Indian journal of veterinary science and animal husbandry - Volumes 15-17, 1948-1951
Year: 1948
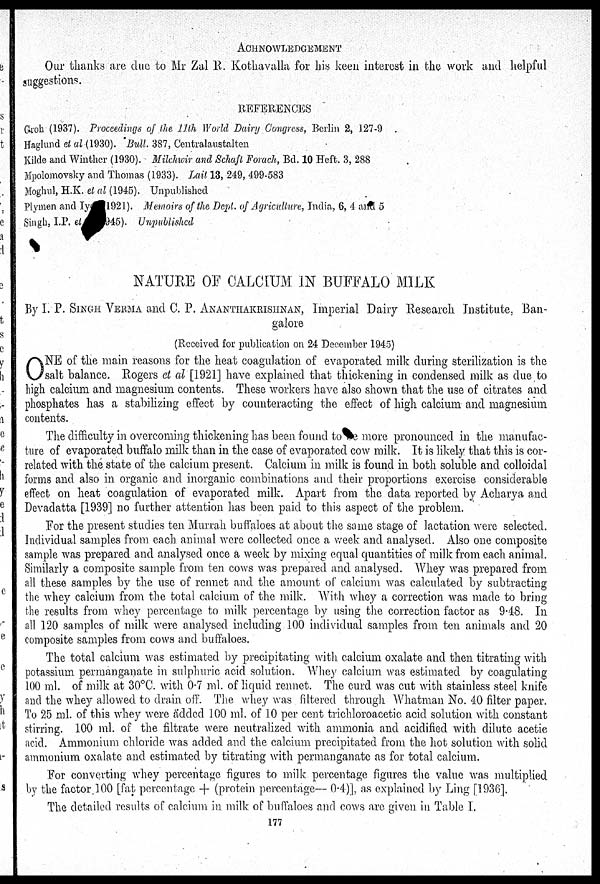
ACHNOWLEDGEMENT
Our thanks are due to Mr Zal R. Kothavalla for his keen interest in the work and helpful
suggestions.
REFERENCES
Groh (1937). Proceedings of the 11th World Dairy Congress, Berlin 2, 127-9
Haglund et al (1930). Bull. 387, Centralaustalten
Kilde and Winther (1930). Milchwir and Schaft Forach, Bd. 10 Heft. 3, 288
Mpolomovsky and Thomas (1933). Lait 13, 249, 499-583
Moghul, H.K. et al (1945). Unpublished
Plymen and Iy 1921). Memoirs of the Dept. of Agriculture, India, 6, 4 and 5
Singh, I.P. et
945). Unpublished
NATURE OF CALCIUM IN BUFFALO MILK
By I. P. SINGH VERMA and C. P. ANANTHAKRISHNAN, Imperial Dairy Research Institute, Ban-
galore
(Received for publication on 24 December 1945)
O NE of the main reasons for the heat coagulation of evaporated milk during sterilization is the
salt balance. Rogers et al [1921] have explained that thickening in condensed milk as due to
high calcium and magnesium contents. These workers have also shown that the use of citrates and
phosphates has a stabilizing effect by counteracting the effect of high calcium and magnesium
contents.
The difficulty in overcoming thickening has been found to e more pronounced in the manufac-
ture of evaporated buffalo milk than in the case of evaporated cow milk. It is likely that this is cor-
related with the state of the calcium present. Calcium in milk is found in both soluble and colloidal
forms and also in organic and inorganic combinations and their proportions exercise considerable
effect on heat coagulation of evaporated milk. Apart from the data reported by Acharya and
Devadatta [1939] no further attention has been paid to this aspect of the problem.
For the present studies ten Murrah buffaloes at about the same stage of lactation were selected.
Individual samples from each animal were collected once a week and analysed. Also one composite
sample was prepared and analysed once a week by mixing equal quantities of milk from each animal.
Similarly a composite sample from ten cows was prepared and analysed. Whey was prepared from
all these samples by the use of rennet and the amount of calcium was calculated by subtracting
the whey calcium from the total calcium of the milk. With whey a correction was made to bring
the results from whey percentage to milk percentage by using the correction factor as 9.48. In
all 120 samples of milk were analysed including 100 individual samples from ten animals and 20
composite samples from cows and buffaloes.
The total calcium was estimated by precipitating with calcium oxalate and then titrating with
potassium permanganate in sulphuric acid solution. Whey calcium was estimated by coagulating
100 ml. of milk at 30°C. with 0.7 ml. of liquid rennet. The curd was cut with stainless steel knife
and the whey allowed to drain off. The whey was filtered through Whatman No. 40 filter paper.
To 25 ml. of this whey were added 100 ml. of 10 per cent trichloroacetic acid solution with constant
stirring. 100 ml. of the filtrate were neutralized with ammonia and acidified with dilute acetic
acid. Ammonium chloride was added and the calcium precipitated from the hot solution with solid
ammonium oxalate and estimated by titrating with permanganate as for total calcium.
For converting whey percentage figures to milk percentage figures the value was multiplied
by the factor 100 [fat percentage + (protein percentage— 0.4)], as explained by Ling [1936].
The detailed results of calcium in milk of buffaloes and cows are given in Table I.
177